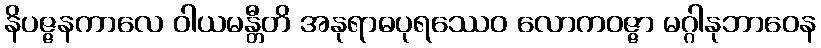
နိပဇ္ဇနကာလေ ဝါယမန္တီတိ အနုရာဓပုရဿေဝ လောကဝဇ္ဇာ မဂ္ဂါနုဘာဝေန